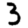
Digit: 3